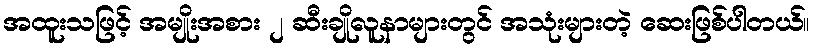
အထူးသဖြင့် အမျိုးအစား ၂ ဆီးချိုလူနာများတွင် အသုံးများတဲ့ ဆေးဖြစ်ပါတယ်။